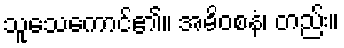
သူသေကောင်၏။ အဓိဝစနံ၊ တည်း။